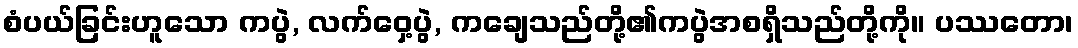
စံပယ်ခြင်းဟူသော ကပွဲ, လက်ဝှေ့ပွဲ, ကချေသည်တို့၏ကပွဲအစရှိသည်တို့ကို။ ပဿတော၊